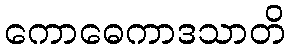
ကောဓေကာဒသာတိ